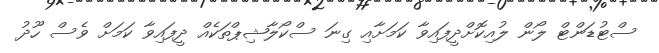
ސްޓުޑަންޓް ލޯން ލުއިކޮށްދީފައިވާ ކަމަށާއި ގިނަ ސްކޯލާޝިޕްތަކެއް ދީފައިވާ ކަމަށް ވެސް ހޫދު